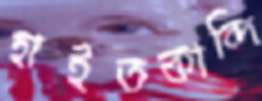
হাইতকান্দি